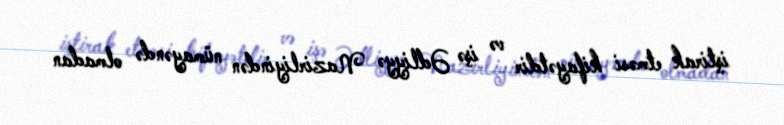
iştirak etməsi kifayətdir və işə Ədliyyə Nazirliyindən nümayəndə olmadan